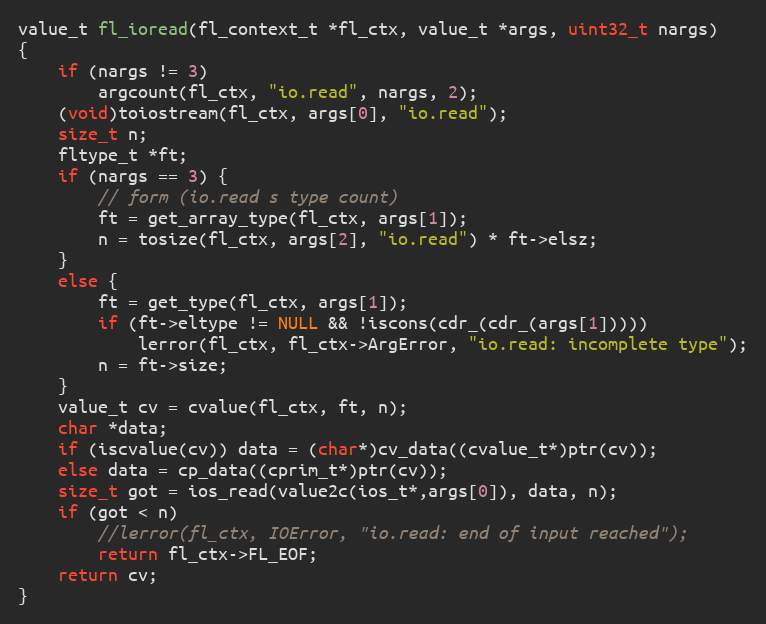
Language: C
value_t fl_ioread(fl_context_t *fl_ctx, value_t *args, uint32_t nargs)
{
    if (nargs != 3)
        argcount(fl_ctx, "io.read", nargs, 2);
    (void)toiostream(fl_ctx, args[0], "io.read");
    size_t n;
    fltype_t *ft;
    if (nargs == 3) {
        // form (io.read s type count)
        ft = get_array_type(fl_ctx, args[1]);
        n = tosize(fl_ctx, args[2], "io.read") * ft->elsz;
    }
    else {
        ft = get_type(fl_ctx, args[1]);
        if (ft->eltype != NULL && !iscons(cdr_(cdr_(args[1]))))
            lerror(fl_ctx, fl_ctx->ArgError, "io.read: incomplete type");
        n = ft->size;
    }
    value_t cv = cvalue(fl_ctx, ft, n);
    char *data;
    if (iscvalue(cv)) data = (char*)cv_data((cvalue_t*)ptr(cv));
    else data = cp_data((cprim_t*)ptr(cv));
    size_t got = ios_read(value2c(ios_t*,args[0]), data, n);
    if (got < n)
        //lerror(fl_ctx, IOError, "io.read: end of input reached");
        return fl_ctx->FL_EOF;
    return cv;
}